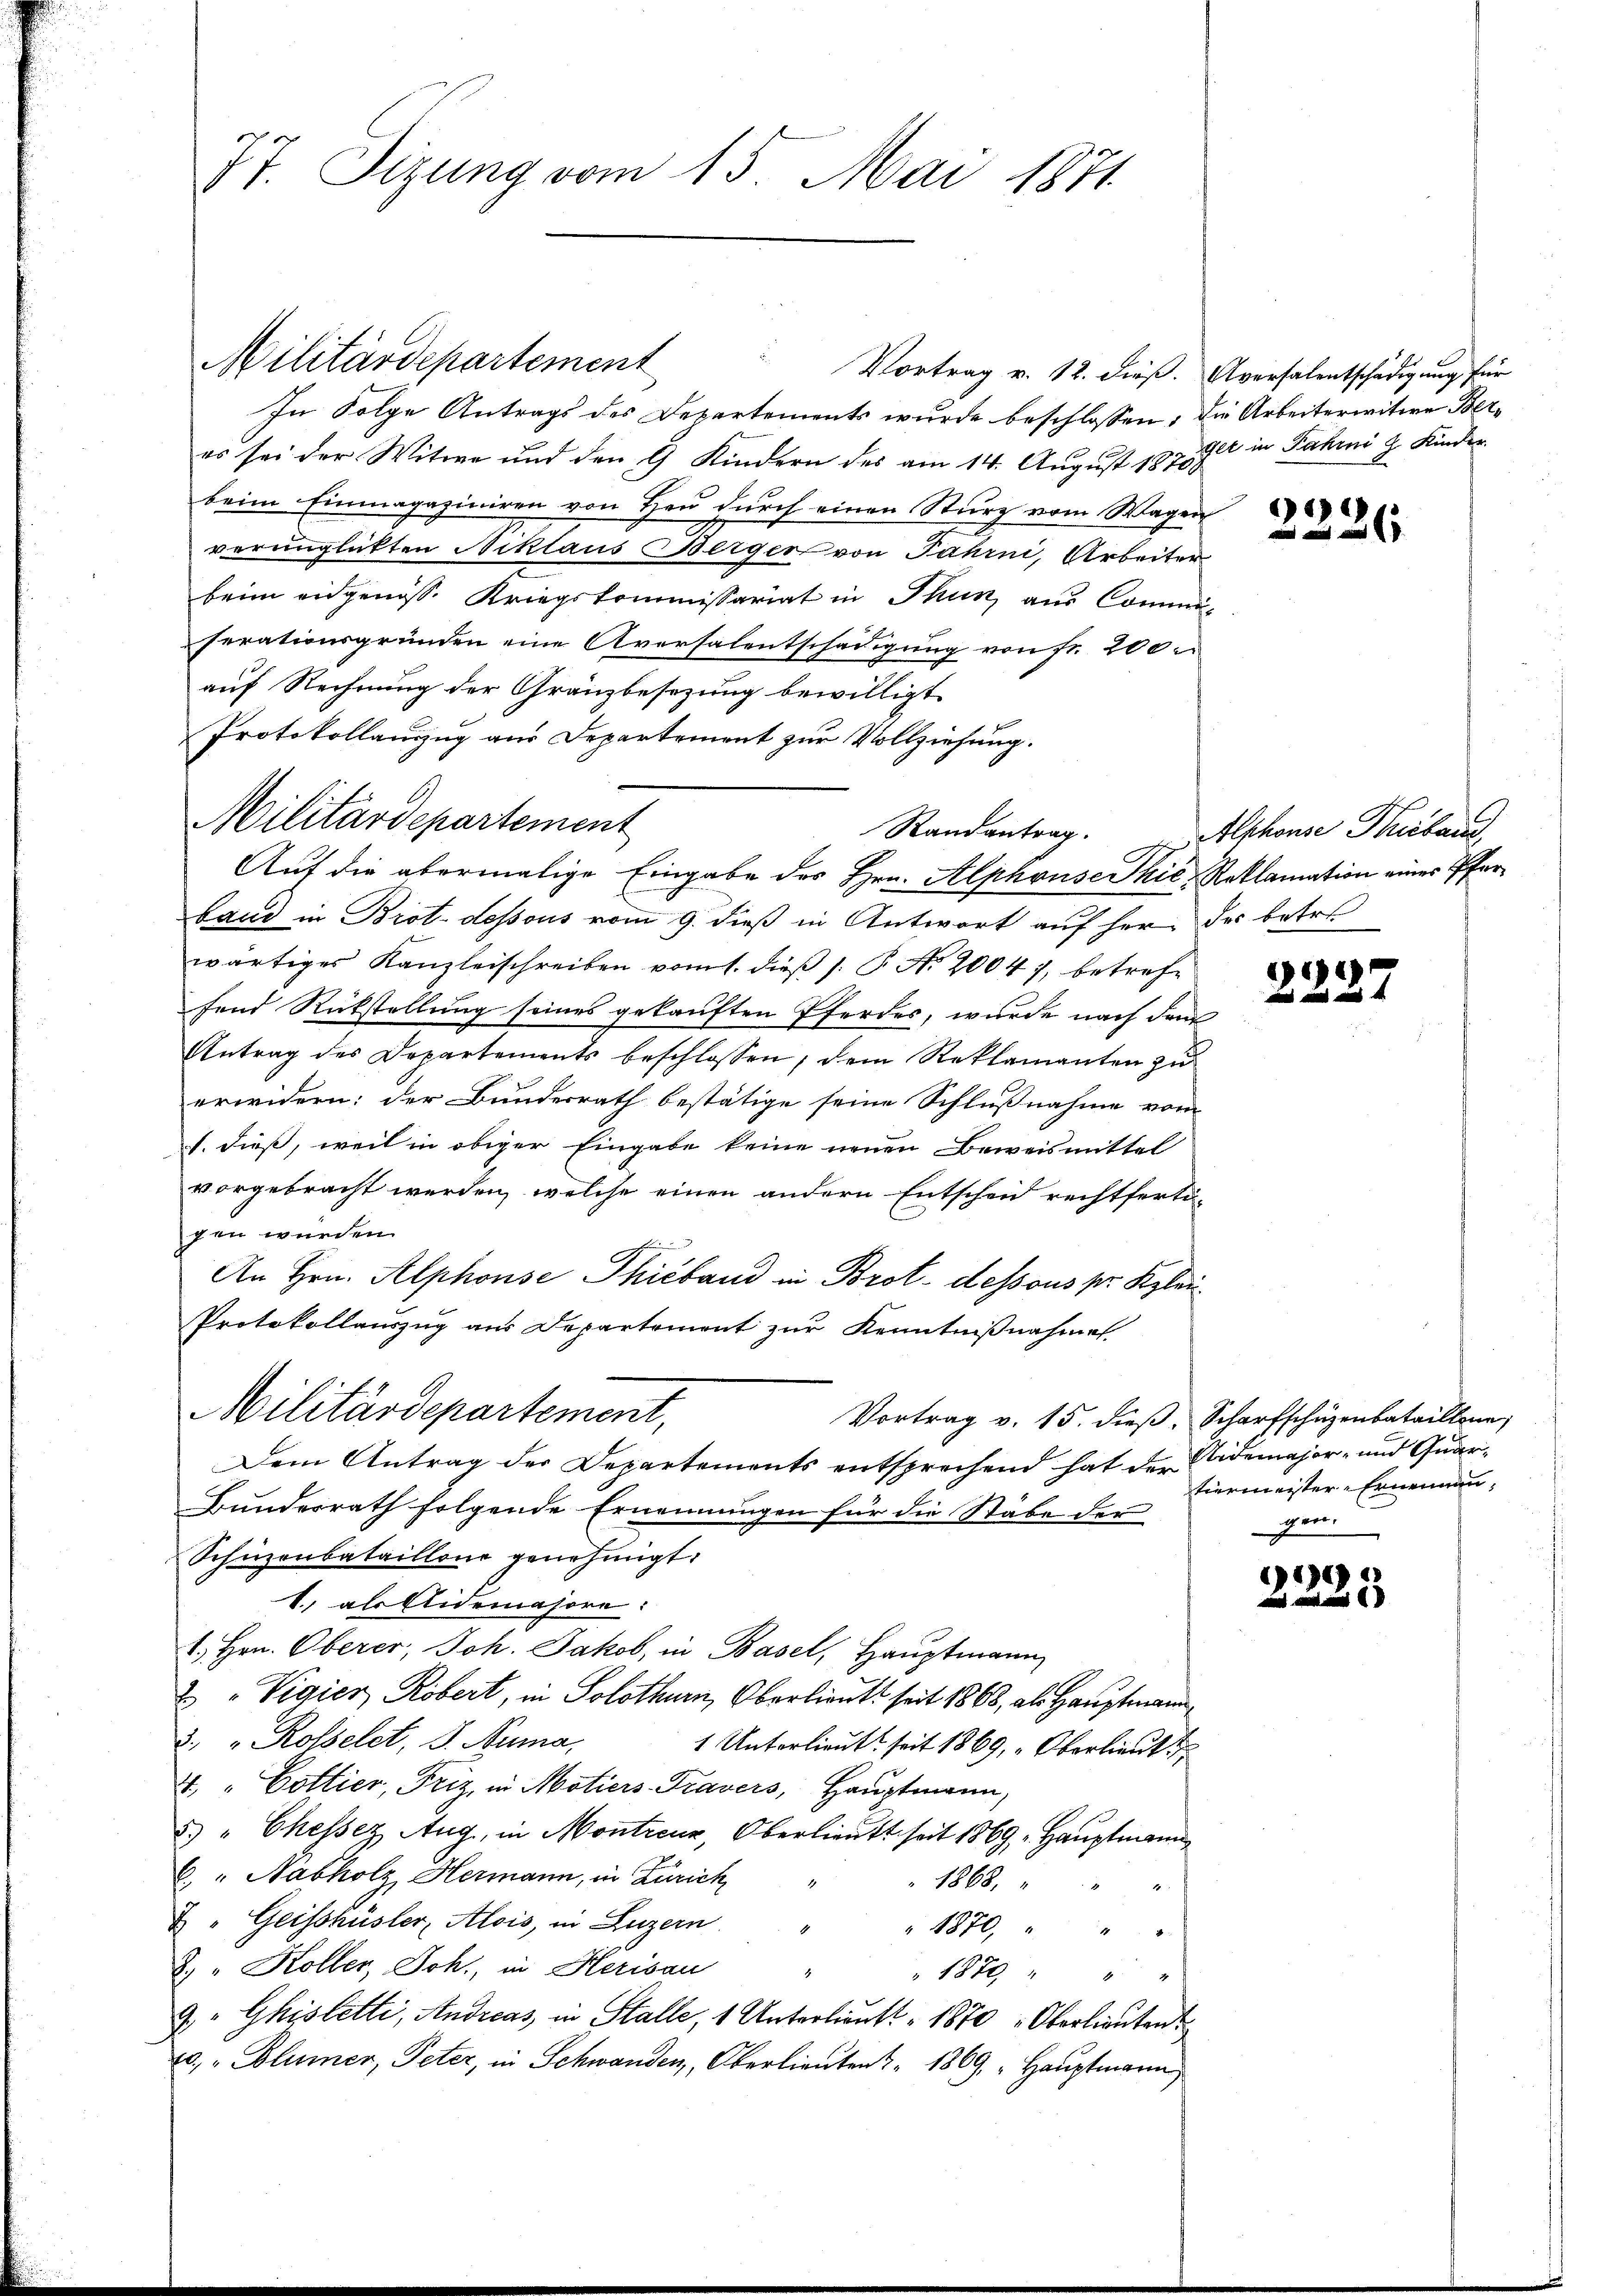
IT. Tizung vom 15. Mai 1871

Militärdepartement

Militärdepartement

Vortrag v. 12. dieß. Aversalentschädigung für
In Folge Antrags des Departements wurde beschlossen, die Arbeiterwitwe Beres sei der Witwe und den 9 Kindern des am 14. August 18708
beim Einmagaziniren von Heu durch einen Sturz vom Wagen
verunglückten Niklaus Berger von Fahrni, Arbeiter
beim eidgenosse Kriegskommissariat in Thun aus Commiferationsgründen eine Aversalentschädigung von Fr. 200
auf Rechnung der Gränzbesezung bewilligt.
Protokollanzug aus Departement zur Vollziehung.
Randantrag.
Auf die abermalige Eingabe des Hrn. Alphrüse Thić-Reklamation eines Pfarband in Brot. dessous vom 9. dieß in Antwort auf her des betr.
wärtiges Kanzleischreiben vom 1. dieß s. P. Nr. 20047, betrefe
fend Rückstellung seines gekauften Pferdes, wurde nach dem
Antrag des Departements beschlossen, dem Reklamanten zu
erwidern: der Bundesrath bestätige seine Schlußnahme vom
1. dieß, weil in obiger Eingabe keine neuen Beweismittel
vorgebracht werden, welche einen andern Entscheid rechtferti-
gen wurden.
t
An Hrn. Alphonse Thieband in Brot - dessous pr. Klei¬
Protokollauszug aus Departement zur Kenntnißnahme
Militärdepartement,
Vortrag v. 15. dieß, Scharfschüzenbataillene,
Dem Antrag der Departements entsprechend hat der Aidemajor- und Quar¬
Bundesrath folgende Ernennungen für die Stäbe der
Schüzenbataillone genehmigt.
1., als Eidemajore.
1., Hrn. Oberer, Joh. Jakob, in Basel, Hauptmann
u " Vigier, Röbert, in Solothurn, Oberlieute seit 1868, als Hauptmann
3. " Rosselet, S. Numa,
1 Unterlieutt seit 1869, Oberlieut.
4. " Cottier, Friz, in Motiers Travers, Hauptmann,
5.) " Chessez Aug, in Montreur, Oberlieutt seit 1869, Hauptmann
C. " Nabholz, Hermann, in Zürich
1868.
& "Geisshüsler, Alois, in Luzern
" 1870, " " "
2. " Koller, Joh., in Herisau
.
" 1870 " " "
9. " Ghistetti, Andreas in Stalle, 1 Unterlieutt 1870 " Oberlieuten
x, Blümer, Peter, in Schwanden, Oberlieuten z. 1869, Hauptmann

get in Fahrni d. Kinder

)

AAlshause Thibau

e
e

tiermeister-Ernennen,

119)
und mit ein